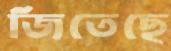
জিতেছে